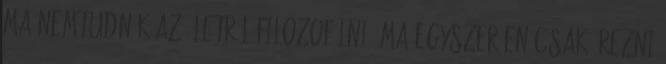
ma nemtudnék az életről filozofálni, ma egyszerűen csak érezni